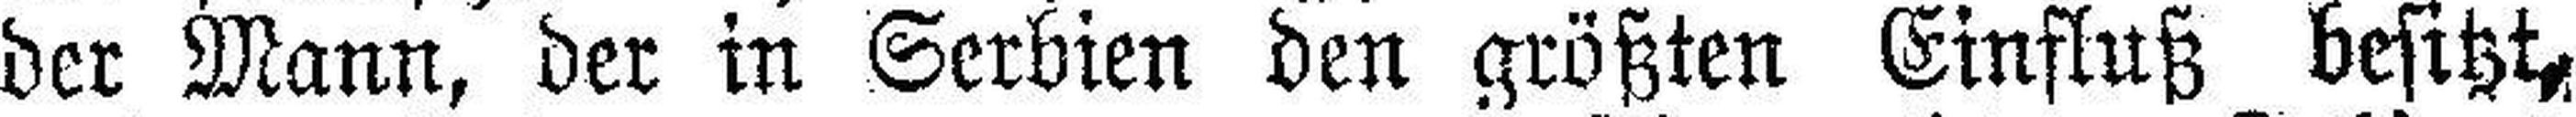
der Mann, der in Serbien den größten Einfluß besitzt